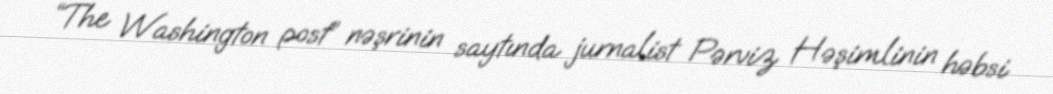
“The Washington post” nəşrinin saytında jurnalist Pərviz Həşimlinin həbsi